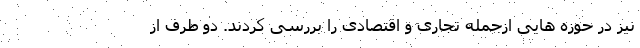
نیز در حوزه هایی ازجمله تجاری و اقتصادی را بررسی کردند. دو طرف از